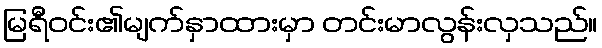
မြရီဝင်း၏မျက်နှာထားမှာ တင်းမာလွန်းလှသည်။